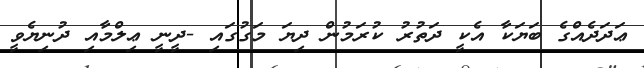
ޢަދަދެއްގެ ބަޔަކާ އެކީ ދަތުރު ކުރަމުން ދިޔަ މަގުގައި -ދީނީ ޢިލްމާއި ދުނިޔެވީ